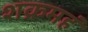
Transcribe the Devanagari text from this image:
शक्रमहं